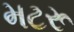
મટરૂ